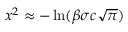
x ^ { 2 } \approx - \ln ( \beta \sigma c \sqrt { \pi } )